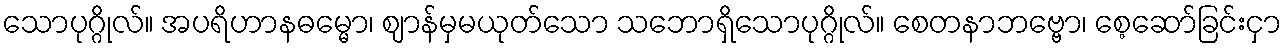
သောပုဂ္ဂိုလ်။ အပရိဟာနဓမ္မော၊ ဈာန်မှမယုတ်သော သဘောရှိသောပုဂ္ဂိုလ်။ စေတနာဘဗ္ဗော၊ စေ့ဆော်ခြင်းငှာ